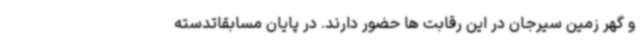
و گهر زمین سیرجان در این رقابت ها حضور دارند. در پایان مسابقاتدسته